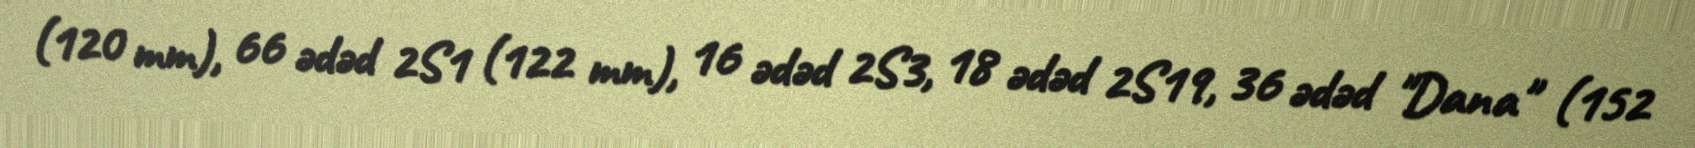
(120 mm), 66 ədəd 2S1 (122 mm), 16 ədəd 2S3, 18 ədəd 2S19, 36 ədəd "Dana" (152